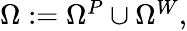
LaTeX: \begin{array}{r}{\Omega:=\Omega^{P}\cup\Omega^{W},}\end{array}